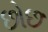
છોછ